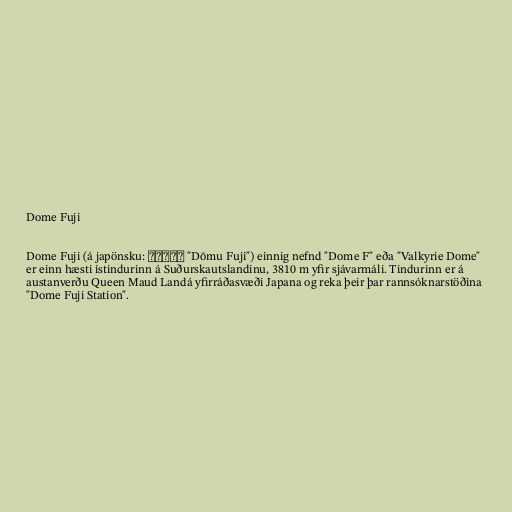
Dome Fuji

Dome Fuji (á japönsku: ドームふじ "Dōmu Fuji") einnig nefnd "Dome F" eða "Valkyrie Dome"
er einn hæsti ístindurinn á Suðurskautslandinu, 3810 m yfir sjávarmáli. Tindurinn er á
austanverðu Queen Maud Landá yfirráðasvæði Japana og reka þeir þar rannsóknarstöðina
"Dome Fuji Station".